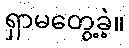
ရှာမတွေ့ခဲ့။